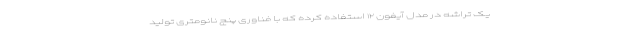
یک تراشه در مدل آیفون ۱۲ استفاده کرده که با فناوری پنج نانومتری تولید